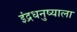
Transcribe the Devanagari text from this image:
इंद्रधनुष्याला